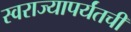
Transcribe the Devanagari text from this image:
स्वराज्यापर्यंतची